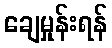
ချေမှုန်းရန်